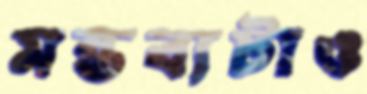
মন্তব্যটাও